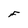
Character: F